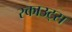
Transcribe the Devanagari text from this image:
स्‍काउट्स